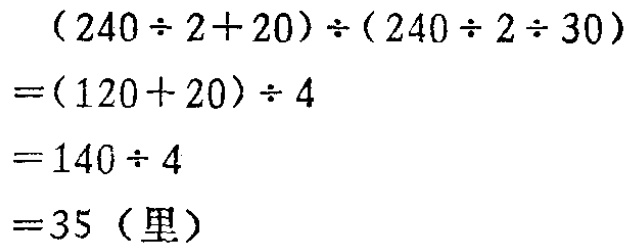
\[

\begin{align*}

&(240\div 2 + 20)\div(240\div 2\div 30)\\

=&(120 + 20)\div 4\\

=&140\div 4\\

=&35 (\text{里})

\end{align*}

\]